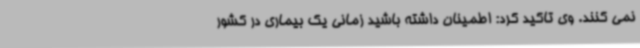
نمی کنند. وی تاکید کرد: اطمینان داشته باشید زمانی یک بیماری در کشور